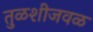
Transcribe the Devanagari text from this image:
तुळशीजवळ